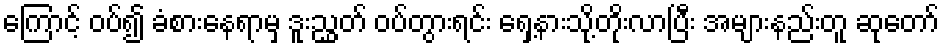
ကြောင့် ဝပ်၍ ခံစားနေရာမှ ဒူးညွှတ် ဝပ်တွားရင်း ရှေ့နားသို့တိုးလာပြီး အများနည်းတူ ဆုတော်